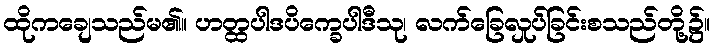
ထိုကချေသည်မ၏။ ဟတ္ထပါဒပိက္ခေပါဒီသု၊ လက်ခြေလှုပ်ခြင်းစသည်တို့၌။